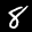
Label: 8